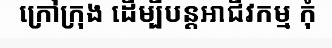
ក្រៅក្រុង ដើម្បីបន្តអាជីវកម្ម កុំ